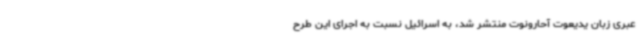
عبری زبان یدیعوت آحارونوت منتشر شد، به اسرائیل نسبت به اجرای این طرح